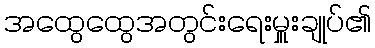
အထွေထွေအတွင်းရေးမှူးချုပ်၏